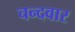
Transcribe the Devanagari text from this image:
चन्दवार